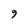
Character: 9